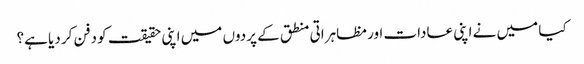
کیا میں نے اپنی عادات اور مظاہراتی منطق کے پردوں میں اپنی حقیقت کو دفن کر دیا ہے؟